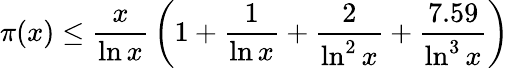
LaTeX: \pi(x)\leq{\frac{x}{\ln x}}\left(1+{\frac{1}{\ln x}}+{\frac{2}{\ln^{2}x}}+{\frac{7.59}{\ln^{3}x}}\right)